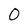
Character: O